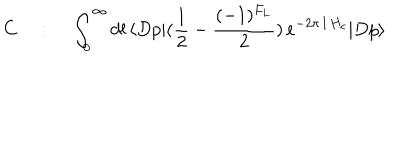
C ~ : ~ \int _ { 0 } ^ { \infty } d l \, \langle D p | ( { \frac { 1 } { 2 } } - { \frac { ( - 1 ) ^ { F _ { L } } } { 2 } } ) \, e ^ { - 2 \pi \, l \, H _ { c } } | D p \rangle